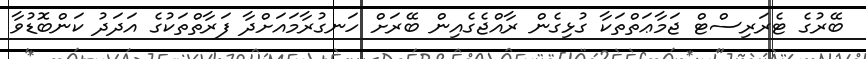
ބޭރުގެ ޓެރަރިސްޓް ޖަމާޢަތްތަކާ ގުޅިގެން ރާއްޖެގެއިން ބޭރަށް ހަނގުރާމައަށްދާ ފަރާތްތަކުގެ އަދަދު ކަންބޮޑުވާ